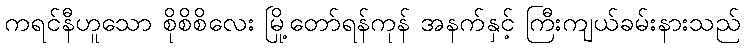
ကရင်နီဟူသော စိုစိစိလေး မြို့တော်ရန်ကုန် အနက်နှင့် ကြီးကျယ်ခမ်းနားသည်